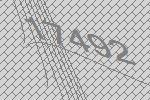
17492